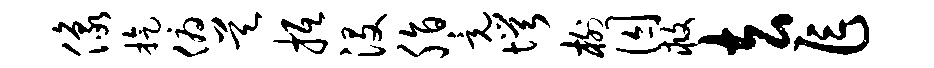
像旋俯昊抵没脂竟愕榭囚救去乍